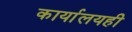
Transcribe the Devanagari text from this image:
कार्यालयही